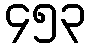
၄၅၃